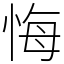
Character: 悔